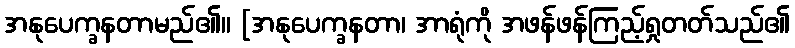
အနုပေက္ခနတာမည်၏။ [အနုပေက္ခနတာ၊ အာရုံကို အဖန်ဖန်ကြည့်ရှုတတ်သည်၏